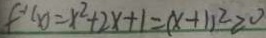
f ^ { - 1 } ( x ) = x ^ { 2 } + 2 x + 1 = ( x + 1 ) ^ { 2 } \geq 0